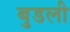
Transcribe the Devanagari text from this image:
बुडली